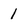
Character: l